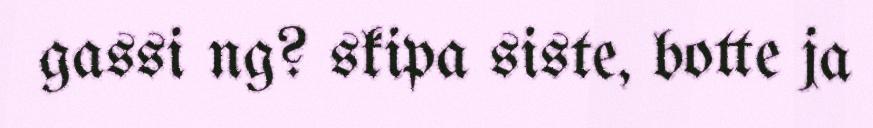
gassi ng? skipa siste, botte ja